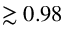
\gtrsim 0 . 9 8